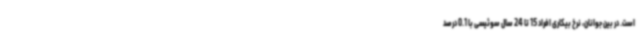
است. در بین جوانان، نرخ بیکاری افراد 15 تا 24 سال سوئیسی با 0.1 درصد